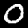
Digit: 0